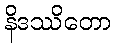
နိဒဿိတော